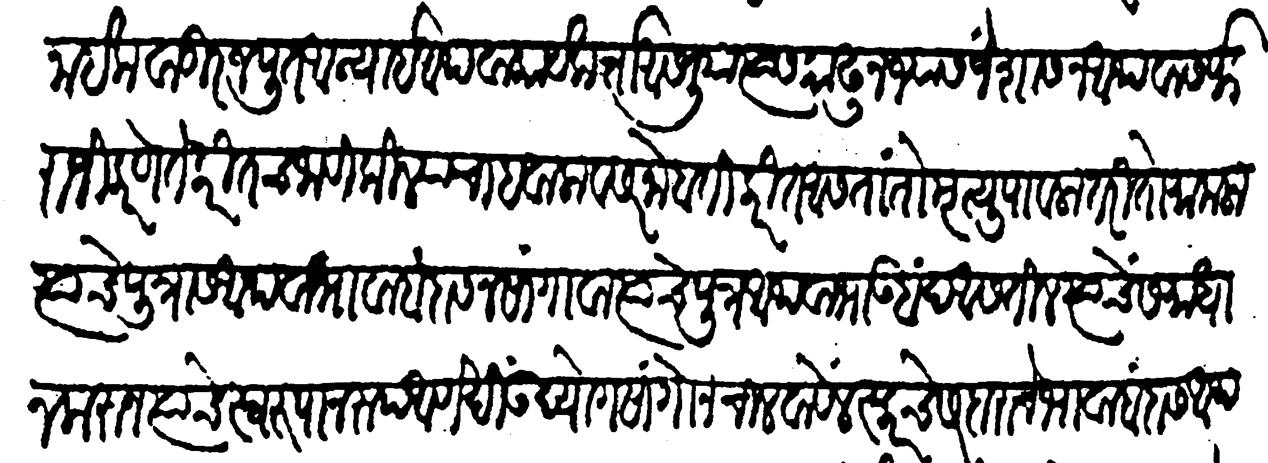
Transliteration (Devanagari): नाईक वाडी रजपूत आन्यायी अथवा कार्यकर्ता असलिया त्यास काढून ज्यास जें शासन अथवा सर्फराजी करणेंते करीतच जावी किल्ल्याचा हवाला व सरनोबती करीत असता तो मृत्यु पावलातरी तो मामला त्याचे पुत्रास अथवा भावाबंदास न सांगावा त्याचे पुत्र अथवा भाऊबंद असतील त्यांचे समाधान करुन त्यांचे स्वरुपानुरुप आणखी उद्योग सांगोन चालवावें लस्करचे सरदाराचे भावाबंदांस अथवा